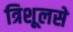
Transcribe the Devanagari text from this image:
त्रिशूलसे